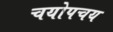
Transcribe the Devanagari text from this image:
चयोपचय